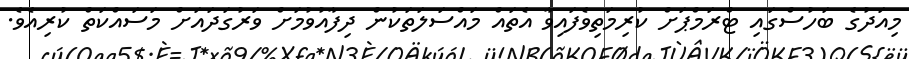
މިއަދުގެ ބަހުސްގައި ޓްރަމްޕަށް ކުރިމަތިވެފައިވާ އެތައް މައްސަލަތަކުން ދިފާއުވުމަށް ވަރުގަދައަށް މަސައްކަތް ކުރިއެވެ.